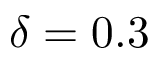
\delta = 0 . 3